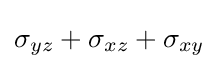
\sigma _{yz}+\sigma _{xz}+\sigma _{xy}